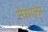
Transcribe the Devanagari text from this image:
मेगाला